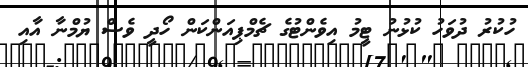
ހުކުރު ދުވަހު ކުޅުނު ޓީމު އިވެންޓުގެ ޗެމްޕިއަންކަން ހޯދީ ވެސް ޔުމްނާ އާއި